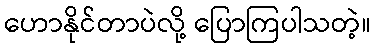
ဟောနိုင်တာပဲလို့ ပြောကြပါသတဲ့။